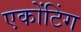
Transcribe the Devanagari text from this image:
एकोंटिंग